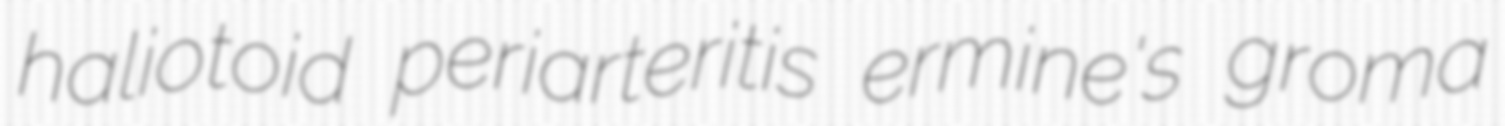
haliotoid periarteritis ermine's groma